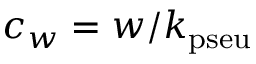
c _ { w } = w / k _ { \mathrm { p s e u } }